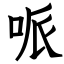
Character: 哌